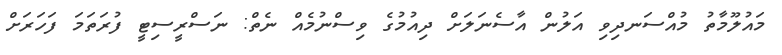
މައުލޫމާތު މުއްސަނދިވި އަލުން އާސެނަލަށް ދިއުމުގެ ވިސްނުމެއް ނެތް: ނަސްރީސިޓީ ފުރަތަމަ ފަހަރަށް